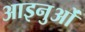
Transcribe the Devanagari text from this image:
आइनुओं